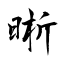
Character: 晰